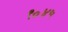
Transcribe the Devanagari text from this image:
९०४५